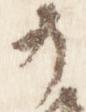
小